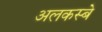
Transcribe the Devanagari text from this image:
अलकस्बे